Lunatic asylums Bombay report 1878-1890 - 1878-1890
Year: 1878
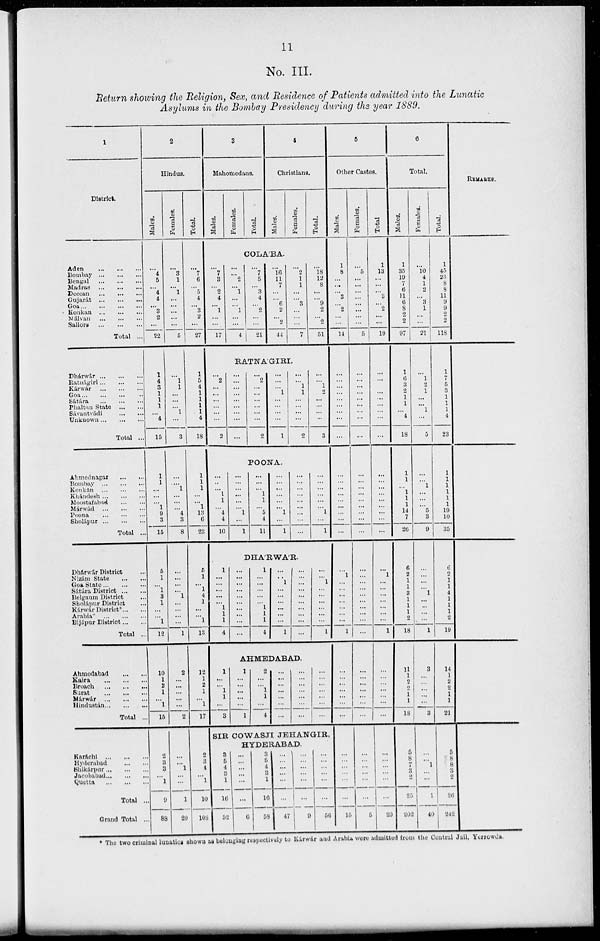
11
No. III.
Return showing the Religion, Sex, and Residence of Patients admitted into the Lunatic
Asylums in the Bombay Presidency during the year 1889.
1
District.
Aden ... ... ...
Bombay ... ... ...
Bengal ... ... ...
Madras ... ... ...
Deccan ... ... ...
Gujarát ... ... ...
Goa ... ... ...
Konkan ... ... ...
Málvan ... ... ...
Sailors ... ... ...
Total ...
Dhárwár ... ... ...
Ratnágiri ... ... ...
Kárwár ... ... ...
Goa ... ... ...
Sátára ... ... ...
Phaltan State ... ...
Sávantvádi
...
...
Unknown ... ... ...
Total ...
Ahmednagar ... ...
Bombay ... ... ...
Konkan ... ... ...
Khándesh ... ... ...
Moostafabad
...
...
Márwád ... ... ...
Poona ... ... ...
Sholápur ... ... ...
Total ...
Dhárwár District ...
Nizám State ... ...
Goa State ... ... ...
Sátara District
...
...
Belgaum District ...
Sholápur District ...
Kárwár District* ... ...
Arabia*
...
...
...
Bijápur District ... ...
Total ...
Ahmedabad ... ...
Kaira
...
...
...
Broach ... ... ...
Surat
...
...
...
Márwár
...
...
...
Hindustán ... ... ...
Total ...
Karáchi
...
...
...
Hyderabad
...
...
Shikárpur
...
...
...
Jacobabad ... ... ...
Quetta
...
...
...
Total ...
Grand Total ...
2
Hindus.
Males.
...
4
5
... 4
4
... 3
2
...
22
1
4
3
1
1
1
... 4
15
1
1
...
...
... 1
9
3
15
5
1
... 1
3
1
...
... 1
12
10
1
3
1
... 1
15
2
3 3
... 1
9
88
Females.
...
3
1
... 1
...
...
...
...
...
5
...
1
1
...
...
... 1
...
3
...
... 1
...
...
... 4
3
8
...
...
...
... 1
...
...
...
...
1
2
...
...
...
...
...
2
...
...
1
...
...
1
20
Total.
...
7
6
... 5
4
... 3
2
...
27
1
5
4
1
1
1
1
4
18
1
1
1
...
... 1
13
6
23
5
1
... 1
4
1
...
... 1
13
12
1
2
1
... 1
17
2
3
4
... 1
10
103
3
Mahomedans.
Males.
Females.
Total.
4
Christians.
Males.
Females.
Total.
COLA'BA.
...
7
3
... 2
4
... 1
...
...
17
...
... 2
... 1
...
... 1
...
...
4
...
7
5
... 3
4
... 2
...
...
21
...
16
11
7
...
... 6
2
... 2
44
...
2
1
1
...
... 3
...
...
...
7
...
18
12
8
...
... 9
2
... 2
51
RATNA'GIRI.
...
2
...
...
...
...
...
...
2
...
...
...
...
...
...
...
...
...
...
2
...
...
...
...
...
...
2
...
...
... 1
...
...
...
...
1
...
... 1
1
...
...
...
...
2
...
... 1
2
...
...
...
...
3
POONA.
...
...
... 1
1
... 4
4
10
...
...
...
...
...
... 1
...
1
...
...
... 1
1
... 5
4
11
...
...
...
...
...
... 1
...
1
...
...
...
...
...
...
...
...
...
...
...
...
...
...
... 1
...
1
DHA'RWA'R.
1
...
...
...
...
... 1
1
1
4
...
...
...
...
...
...
...
...
...
...
1
...
...
...
...
... 1
1
1
4
...
... 1
...
...
...
...
...
...
1
...
...
...
...
...
...
...
...
...
...
...
... 1
...
...
...
...
...
...
1
AHMEDABAD.
1
...
... 1
1
...
3
1
...
...
...
...
...
1
2
...
... 1
1
...
4
...
...
...
...
...
...
...
...
...
...
...
...
...
...
...
...
...
...
...
...
...
SIR COWASJI JEHANGIR,
HYDERABAD.
3
5
4
3
1
10
52
...
...
...
...
...
...
6
3
5 4
3
1
10
58
...
...
...
...
...
...
47
...
...
...
...
...
...
9
...
...
...
...
...
...
56
5
Other Castes.
Males.
1
8
...
...
... 3
... 2
...
...
14
...
...
...
...
...
...
...
...
...
...
...
...
...
...
...
...
...
...
...
1
...
...
...
...
...
...
...
1
...
...
...
...
...
...
...
...
...
...
...
...
...
15
Females.
...
5
...
...
...
...
...
...
...
...
5
...
...
...
...
...
...
...
...
...
...
...
...
...
...
...
...
...
...
...
...
...
...
...
...
...
...
...
...
...
...
...
...
...
...
...
...
...
...
...
...
...
5
Total.
1
13
...
...
... 3
... 2
...
...
19
...
...
...
...
...
...
...
...
...
...
...
...
...
...
...
...
...
...
...
1
...
...
...
...
...
...
...
1
...
...
...
...
...
...
...
...
...
...
...
...
...
20
6
Total.
Males.
1
35
19
7
6
11
6
8
2
2
97
1
6 3
2
1
1
... 4
18
1
1
... 1
1
1
14
7
26
6
2
1
1
3
1
1
1
2
18
11
1
2
2 1 1
18
5
8
7
3
2
25
202
Females.
...
10
4
1
2
... 3
1
...
...
21
...
1
2 1
...
... 1
...
5
...
... 1
...
...
... 5
3
9
...
...
...
... 1
...
...
...
...
1
3
...
...
...
...
...
3
...
... 1
...
...
1
40
Total.
1
45
23
8
8
11
9
9
2
2
118
1
7
5
3
1
1
1
4
23
1
1
1
1
1
1 19
10
35
6
2
1
1
4
1
1
1 2
19
14
1
2
2
1
1
21
5
8
8
3
2
26
242
REMARKS.
* The two criminal lunatics shown as belonging respectively to Káwár and Arabia were admitted from the Central Jail, Yerrowda.